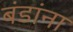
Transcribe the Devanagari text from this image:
बंडांना